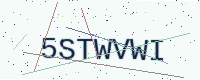
Text: 5STWVWI